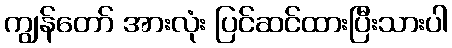
ကျွန်တော် အားလုံး ပြင်ဆင်ထားပြီးသားပါ